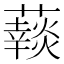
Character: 𧂞